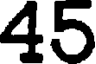
45